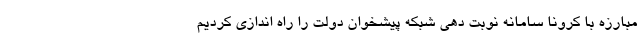
مبارزه با کرونا سامانه نوبت دهی شبکه پیشخوان دولت را راه اندازی کردیم